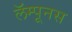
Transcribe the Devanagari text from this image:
लॅम्पूनस